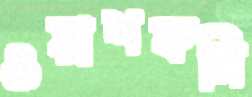
ওয়াশকমি